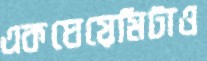
একঘেয়েমিটাও